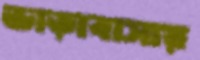
ভাড়াবাসায়